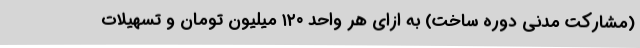
(مشارکت مدنی دوره ساخت) به ازای هر واحد ۱۲۰ میلیون تومان و تسهیلات